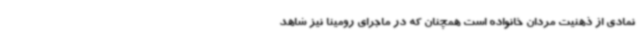
نمادی از ذهنیت مردان خانواده است همچنان که در ماجرای رومینا نیز شاهد